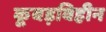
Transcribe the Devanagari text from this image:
कूबड़विहीन